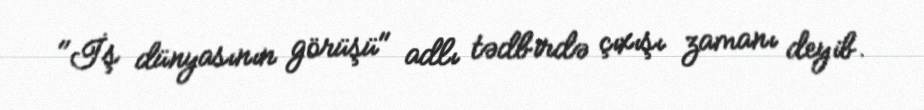
"İş dünyasının görüşü" adlı tədbirdə çıxışı zamanı deyib.